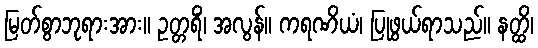
မြတ်စွာဘုရားအား။ ဥတ္တရိံ၊ အလွန်။ ကရဏိယံ၊ ပြုဖွယ်ရာသည်။ နတ္ထိ၊